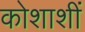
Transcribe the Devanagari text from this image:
कोशाशीं